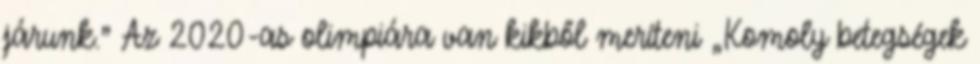
járunk." Az 2020-as olimpiára van kikből meríteni „Komoly betegségek